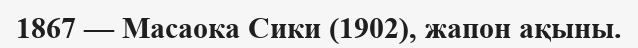
1867 — Масаока Сики (1902), жапон ақыны.